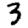
Digit: 3